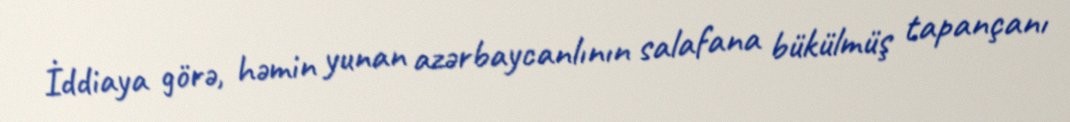
İddiaya görə, həmin yunan azərbaycanlının salafana bükülmüş tapançanı